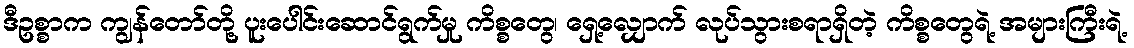
ဒီဥစ္စာက ကျွန်တော်တို့ ပူးပေါင်းဆောင်ရွက်မှု ကိစ္စတွေ၊ ရှေ့လျှောက် လုပ်သွားစရာရှိတဲ့ ကိစ္စတွေရဲ့ အများကြီးရဲ့